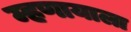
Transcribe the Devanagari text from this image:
म्हणायाला